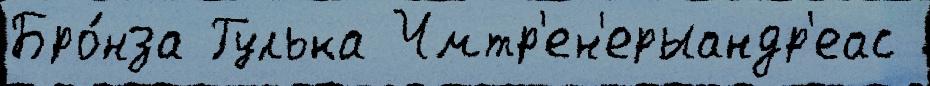
Бро́нза Гулька Чмтр'ен'ерыандр'еас